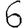
Digit: 6